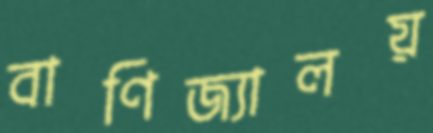
বাণিজ্যালয়